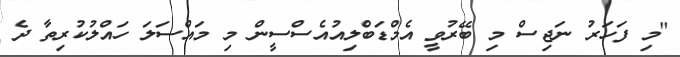
"މި ފަހަރު ނަޖިސް މި ބޭރުވީ އެމްޑަބްލިއުއެސްސީން މި މައްސަލަ ހައްލުކުރިތާ ދެ